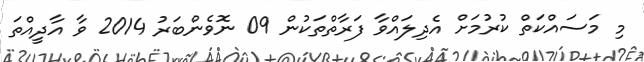
މި މަސައްކަތް ކުރުމަށް އެދިލައްވާ ފަރާތްތަކުން 09 ނޮވެންބަރު 2014 ވާ އާދީއްތަ